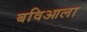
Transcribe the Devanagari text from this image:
बविआला